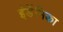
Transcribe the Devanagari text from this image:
इंडेंमिका